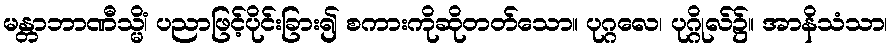
မန္တာဘာဏီသ္မိံ၊ ပညာဖြင့်ပိုင်းခြား၍ စကားကိုဆိုတတ်သော။ ပုဂ္ဂလေ၊ ပုဂ္ဂိုလ်၌။ အာနိသံသာ၊